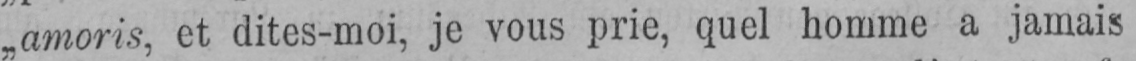
„amoris, et dites-moi, je vous prie, quel homme a jamais